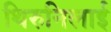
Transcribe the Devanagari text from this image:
थिरुनिलाई